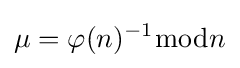
\mu =\varphi (n)^{-1}{\bmod {n}}